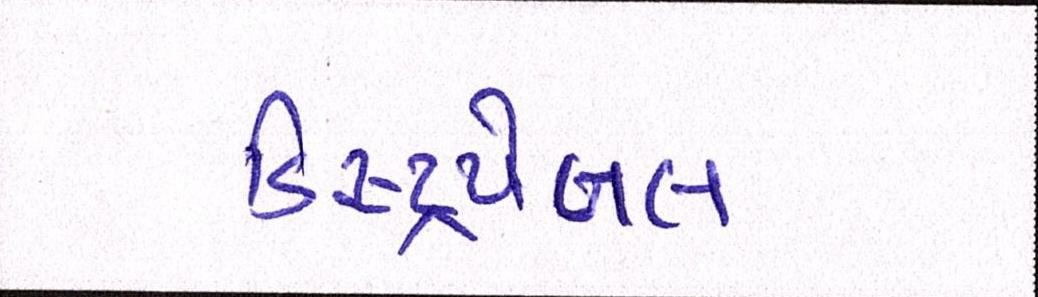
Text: ડિસ્ટ્રપેબલ